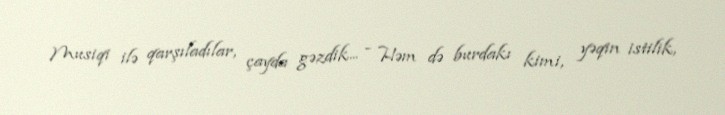
Musiqi ilə qarşıladılar, çayda gəzdik... - Həm də burdakı kimi, yəqin istilik,